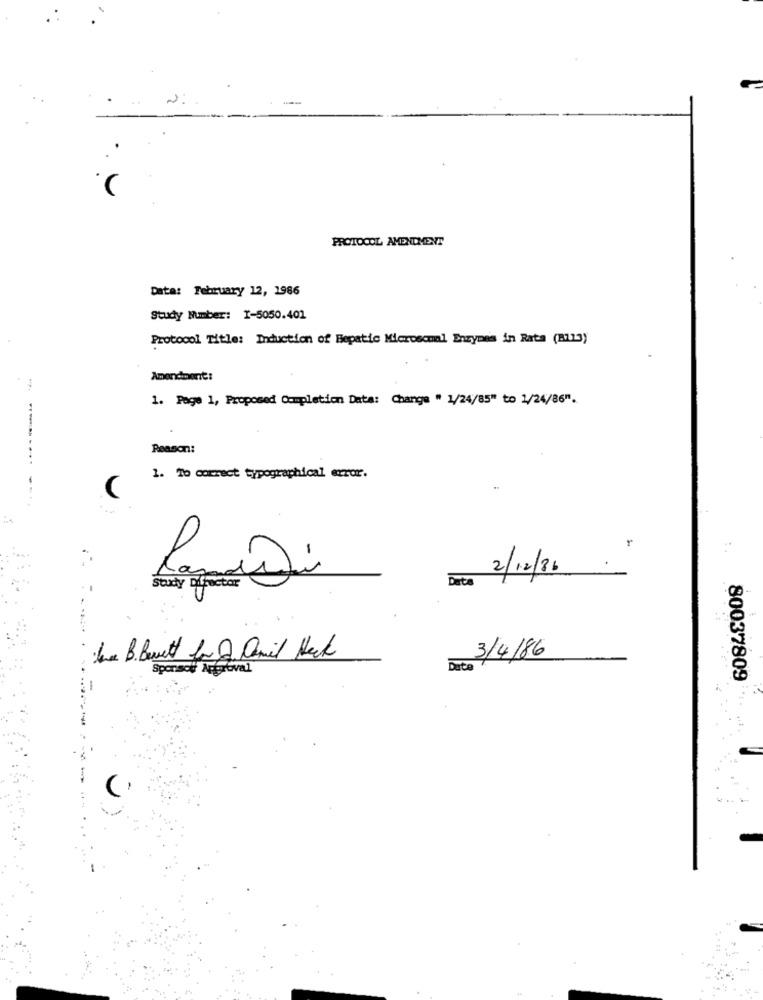
PROTOCOL AMENDMENT
Data: February 12, 1986
Study Number: - 5050.401
Protocol Title: Induction of Hepatic Microscmal Enzymes in Rata (BZ13)
Amendment:
1. Page 1, Proposed Completion Date: Change " 1/24/85" to 1/24/86".
Reason:
1. To correct typographical error.
--
(
:.
2/12/86
Study Difhector
RamiDi
Det
3/4/86
June B. Buett for O amil Heck
Sponsor Approval
80037809